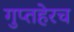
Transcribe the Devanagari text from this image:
गुप्तहेरच